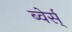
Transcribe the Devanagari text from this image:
ब्वेर्स्